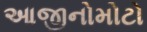
આજીનોમોટો